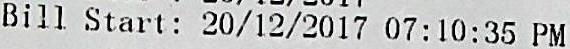
BILL START: 20/12/2017 07:10:35 PM